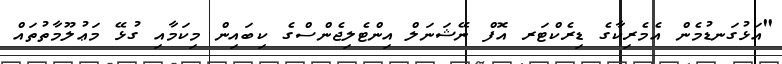
"އަޅުގަނޑުމެން އެމެރިކާގެ ޑިރެކްޓަރ އޮފް ނޭޝަނަލް އިންޓެލިޖެންސްގެ ކިބައިން މިކަމާއި ގުޅޭ މަޢުލޫމާތުތައް